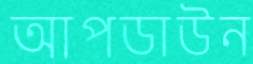
আপডাউন